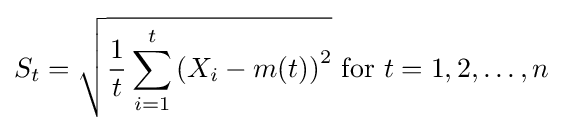
S_{t}={\sqrt {{\frac {1}{t}}\sum _{i=1}^{t}\left(X_{i}-m(t)\right)^{2}}}{\text{  for }}t=1,2,\dots ,n